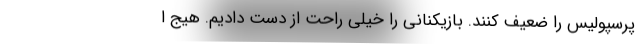
پرسپولیس را ضعیف کنند. بازیکنانی را خیلی راحت از دست دادیم. هیج ا